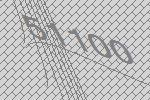
51100